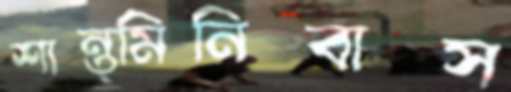
শান্ত্মিনিবাস